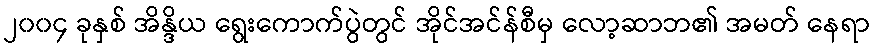
၂၀၀၄ ခုနှစ် အိန္ဒိယ ရွေးကောက်ပွဲတွင် အိုင်အင်န်စီမှ လော့ဆာဘ၏ အမတ် နေရာ